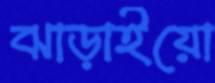
ঝাড়াইয়ো